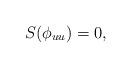
LaTeX: \begin{align*}S(\phi_{uu})=0,\end{align*}